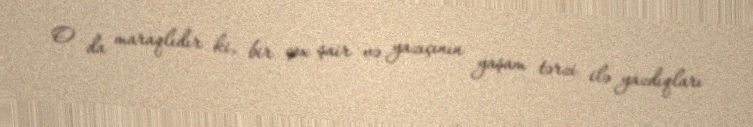
O da maraqlıdır ki, bir çox şair və yazıçının yaşam tərzi ilə yazdıqları